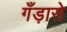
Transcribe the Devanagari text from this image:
गँड़ासे